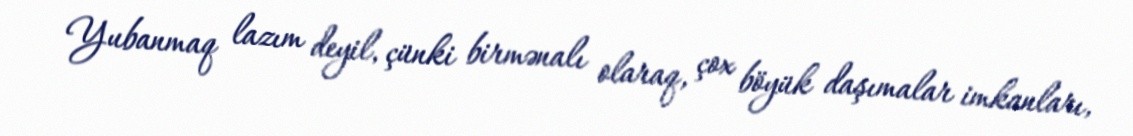
Yubanmaq lazım deyil, çünki birmənalı olaraq, çox böyük daşımalar imkanları,